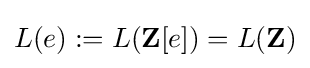
L(e):=L(\mathbf {Z} [e])=L(\mathbf {Z} )